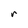
Character: r